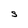
Character: S